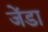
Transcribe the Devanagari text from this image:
जेंडा